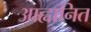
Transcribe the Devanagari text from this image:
आह्वानित